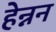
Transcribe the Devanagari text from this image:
हेन्नन